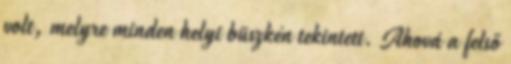
volt, melyre minden helyi büszkén tekintett. Ahová a felső